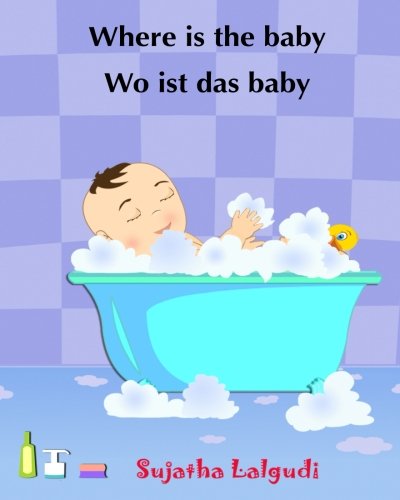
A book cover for Where is the baby - Wo ist das Baby: (Bilingual Edition) English-German children's picture book. Children's bilingual German book. German books for ... for children) (Volume 1) (German Edition); Sujatha Lalgudi; Children's Books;